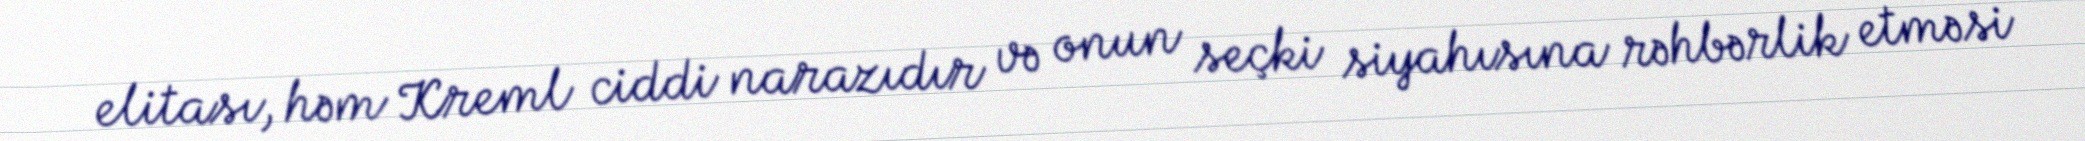
elitası, həm Kreml ciddi narazıdır və onun seçki siyahısına rəhbərlik etməsi